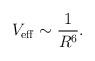
LaTeX: \begin{align*}V_{\rm eff}\sim{1\over R^6}.\end{align*}